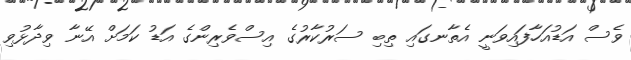
ވެސް އަޑުއަހާފައިވަނީ އެތާނގައި ތިބި ސަރުކާރުގެ އިސްވެރިންގެ އަޑު ކަމަށް އޭނާ ވިދާޅުވި